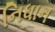
નિધાન